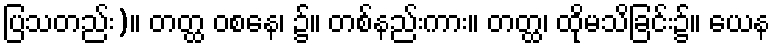
ပြသတည်း)။ တတ္ထ ဝစနေ၊ ၌။ တစ်နည်းကား။ တတ္ထ၊ ထိုမသိခြင်း၌။ ယေန